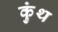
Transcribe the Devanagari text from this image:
कुंथ